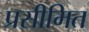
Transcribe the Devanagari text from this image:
प्रसीमित